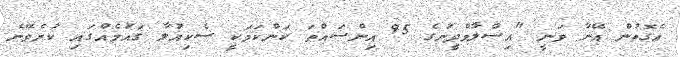
އެގޮތުން އޭނާ ވަނީ "އިސްލާމްދީނުގެ 95 އިންސައްތަ ކަންކަމަކީ ސެކިއުލާ ގައުމެއްގައި ކުރެވޭނެ